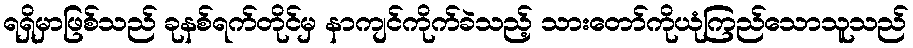
ရရှိမှာဖြစ်သည် ခုနစ်ရက်တိုင်မှ နာကျင်ကိုက်ခဲသည့် သားတော်ကိုယုံကြည်သောသူသည်